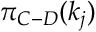
\pi _ { C - D } ( k _ { j } )